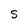
Character: S